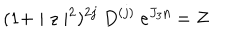
LaTeX: ( 1 + \mid z \mid ^ { 2 } ) ^ { 2 j } ~ D ^ { ( j ) } ~ e ^ { J _ { 3 } \eta } = Z